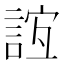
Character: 𧧼